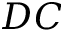
D C